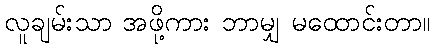
လူချမ်းသာ အဖို့ကား ဘာမျှ မထောင်းတာ။